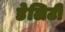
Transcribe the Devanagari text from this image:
डेलिटी